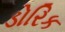
ડોરિક